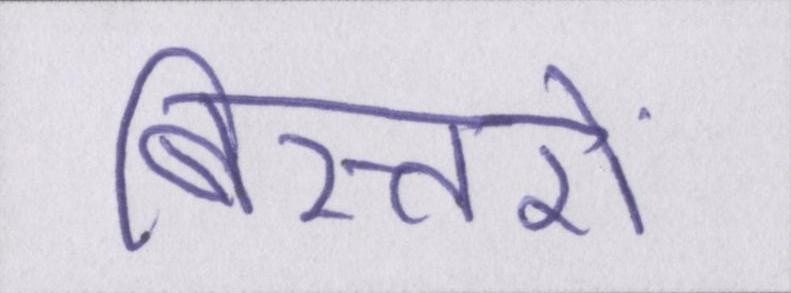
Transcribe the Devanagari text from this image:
बिस्तरों